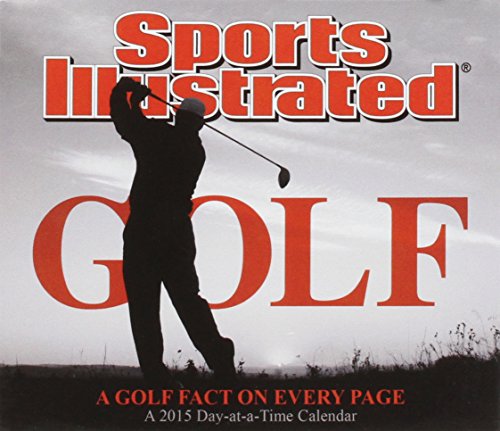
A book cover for Sports Illustrated Golf 2015 Calendar; Calendars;